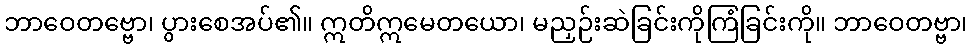
ဘာဝေတဗ္ဗော၊ ပွားစေအပ်၏။ ဣတိဣမေတယော၊ မညှဉ်းဆဲခြင်းကိုကြံခြင်းကို။ ဘာဝေတဗ္ဗာ၊